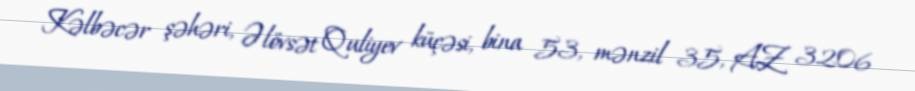
Kəlbəcər şəhəri, Əlövsət Quliyev küçəsi, bina 53, mənzil 35, AZ 3206